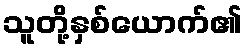
သူတို့နှစ်ယောက်၏